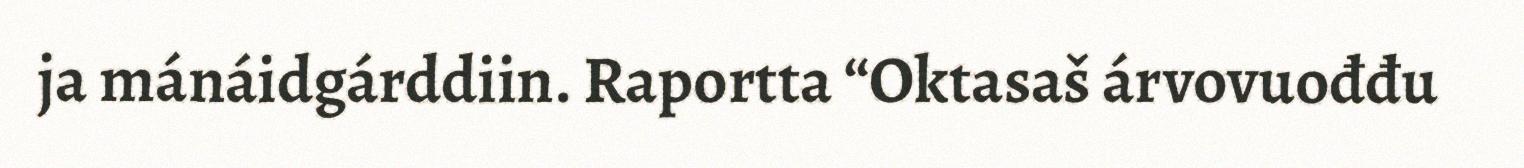
ja mánáidgárddiin. Raportta “Oktasaš árvovuođđu